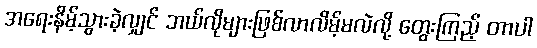
အရေးနိမ့်သွားခဲ့လျှင် ဘယ်လိုများဖြစ်လာလိမ့်မလဲလို့ တွေးကြည့် တာပါ